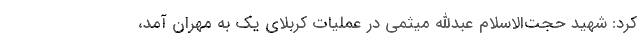
کرد: شهید حجت‌الاسلام عبدالله میثمی در عملیات کربلای یک به مهران آمد،